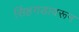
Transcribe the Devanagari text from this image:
सिंहगडावरून